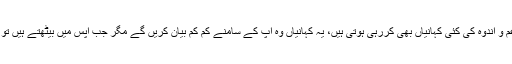
ان کی بظاہر نظر آنے والی خوشحالی کا پیچھا غم و اندوہ کی کئی کہانیاں بھی کررہی ہوتی ہیں، یہ کہانیاں وہ آپ کے سامنے کم کم بیان کریں گے مگر جب آپس میں بیٹھتے ہیں تو ان کے سارے دکھ ان کی زبانوں پر آجاتے ہیں۔